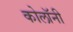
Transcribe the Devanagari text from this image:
कोलॉनी